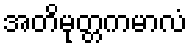
အတိမုတ္တကမာလံ